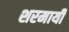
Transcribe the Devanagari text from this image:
शरमायी